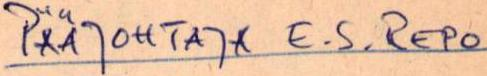
PÄÄJOHTAJA E.S. REPO